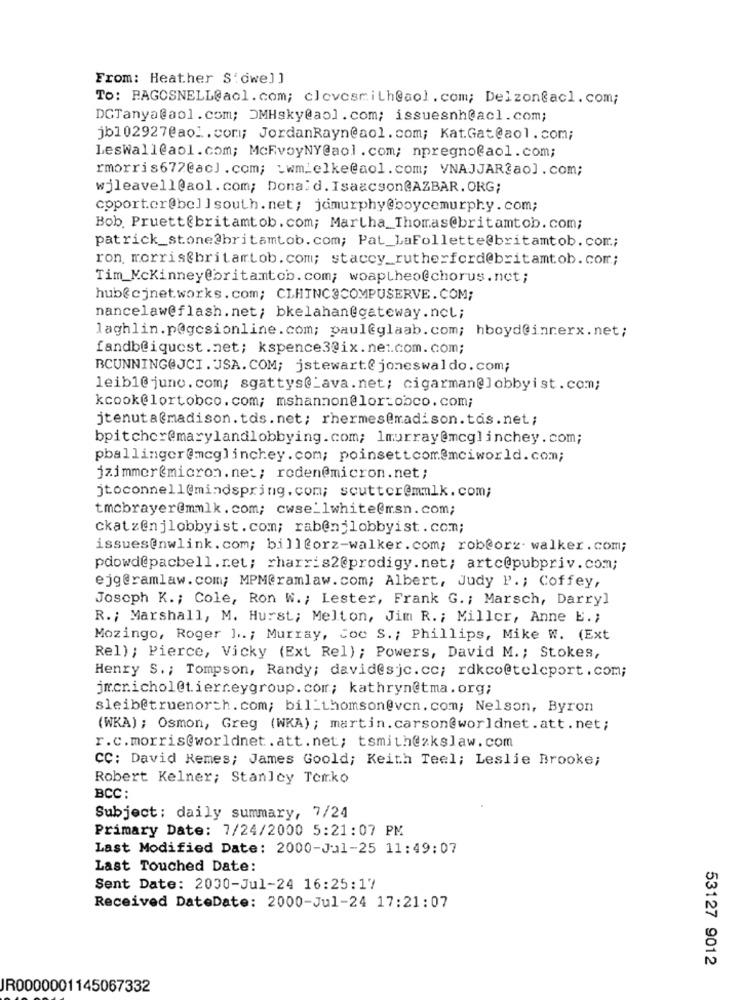
From: Heather S'owe] ]
To: PAGOSNELL@aol.com; clevesmith@aol.com; Delzonacl.com;
DCTanya@aol.com; DMHsky@aol.com; issuesnh@acl.com;
jb102927@aol.com; JordanRayn@aol.com; Kat.Gat@aol. com;
Leswall@aol.com; McFvoyNY@aol. com; npregno@aol.com;
rmorris672@acJ.com; >wmielke@aol.com; VNAJJAR@aol. com;
wjleavell@aol.com; Donald.Isaacson@AZBAR.ORG;
coportor@bellsouth. net; jamurphy@boycemurphy. com;
Bob. Pruett@britamtob.com; Martha_Thomas@britamtob.com;
patrick_stone@britamtob.com; Pat_LaFollette@britamtob. com;
ron morris@britartob.com; stacey_rutherford@britamtob.com;
Tim_Mckinney@britamtob.com; woaptheo@chorus.net;
hub@cjnet.works.com; CLHINC@COMPUSERVE.COM;
nancelaw@flash. net; bkelahan@gateway.ncl;
laghlin.p@gcsionline.com; paul@glaab.com; hboyd@innerx.net;
fandb@iquest.net; kspence3@ix.net.com.com;
BCUNNING@JCI. USA.COM; jstewart@ joneswaldo.com;
leibl@juno.com; sgattys@_ava.net; cigarman@lobbyist.com;
kcook@lortobco.com; mshannon@lorzobco. com;
jtenuta@madison.tds.net; rhermes@madison.tas.net;
bpitcher@marylandlobbying.com; lmurray@mcglinchey.com;
pballinger@mcglinchey.com; poinsettcom@mciworld.com;
jzimmer@micron.net; roden@micron.net;
jtoconnell@mindspring.com; scutter@mmlk.com;
tmcbrayer@mmlk. com; cwse_1white@msn.com;
ckatz@njlobbyist. com; rab@njlobbyist.com;
issues@nwlink.com; bill@orz-walker.com; rob@orz. walker.com;
pdowd@pacbell.ret; rharris2@prodigy.net; artc@pubpriv.com;
ejg@ramlaw.com; MPM@ramlaw.com; Albert, Judy P .; Coffey,
Josoph K .; Cole, Ron W .; Lester, Frank G. ; Marsch, Darryl
R .; Marshall, M. Hurst; Melton, Jim R. ; Miller, Anne E .;
Mozingo, Roger ] ..; Murray, Coe S. ; Phillips, Mike W. (Ext
Rel); Pierce, Vicky (Ext Rel) ; Powers, David M .; Stokes,
Henry S .; Tompson, Randy; david@sjc.cc; rdkco@teleport. com;
jmcnichol@tierneygroup.com; kathryn@tma. org;
sleib@truenorth. com; bil_thomson@ven. com; Nelson, Byron
(WKA); Osmon, Greg (WKA); martin.carson@worldnet.att.net;
r.c.morris@worldnet.att. net; tsmith@2kslaw.com
CC: David Remes; James Goold; Keith Teel; Leslie Brooke;
Robert Kelner; Stanley Terko
BCC
Subject: daily summary, 7/24
Primary Date: 7/24/2000 5:21:07 PM
Last Modified Date: 2000-Jul-25 11:49:07
Last Touched Date:
Sent Date: 2000-Jul-24 16:25:17
Received DateDate: 2000-Jul-24 17:21:07
53127 9012
JR0000001145067332